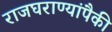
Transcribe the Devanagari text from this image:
राजघराण्यांपैकी